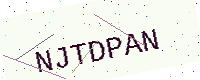
Text: NJTDPAN